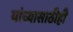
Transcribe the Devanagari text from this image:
यांच्यासाठीही